Virumaa_algkoolid, lk 55
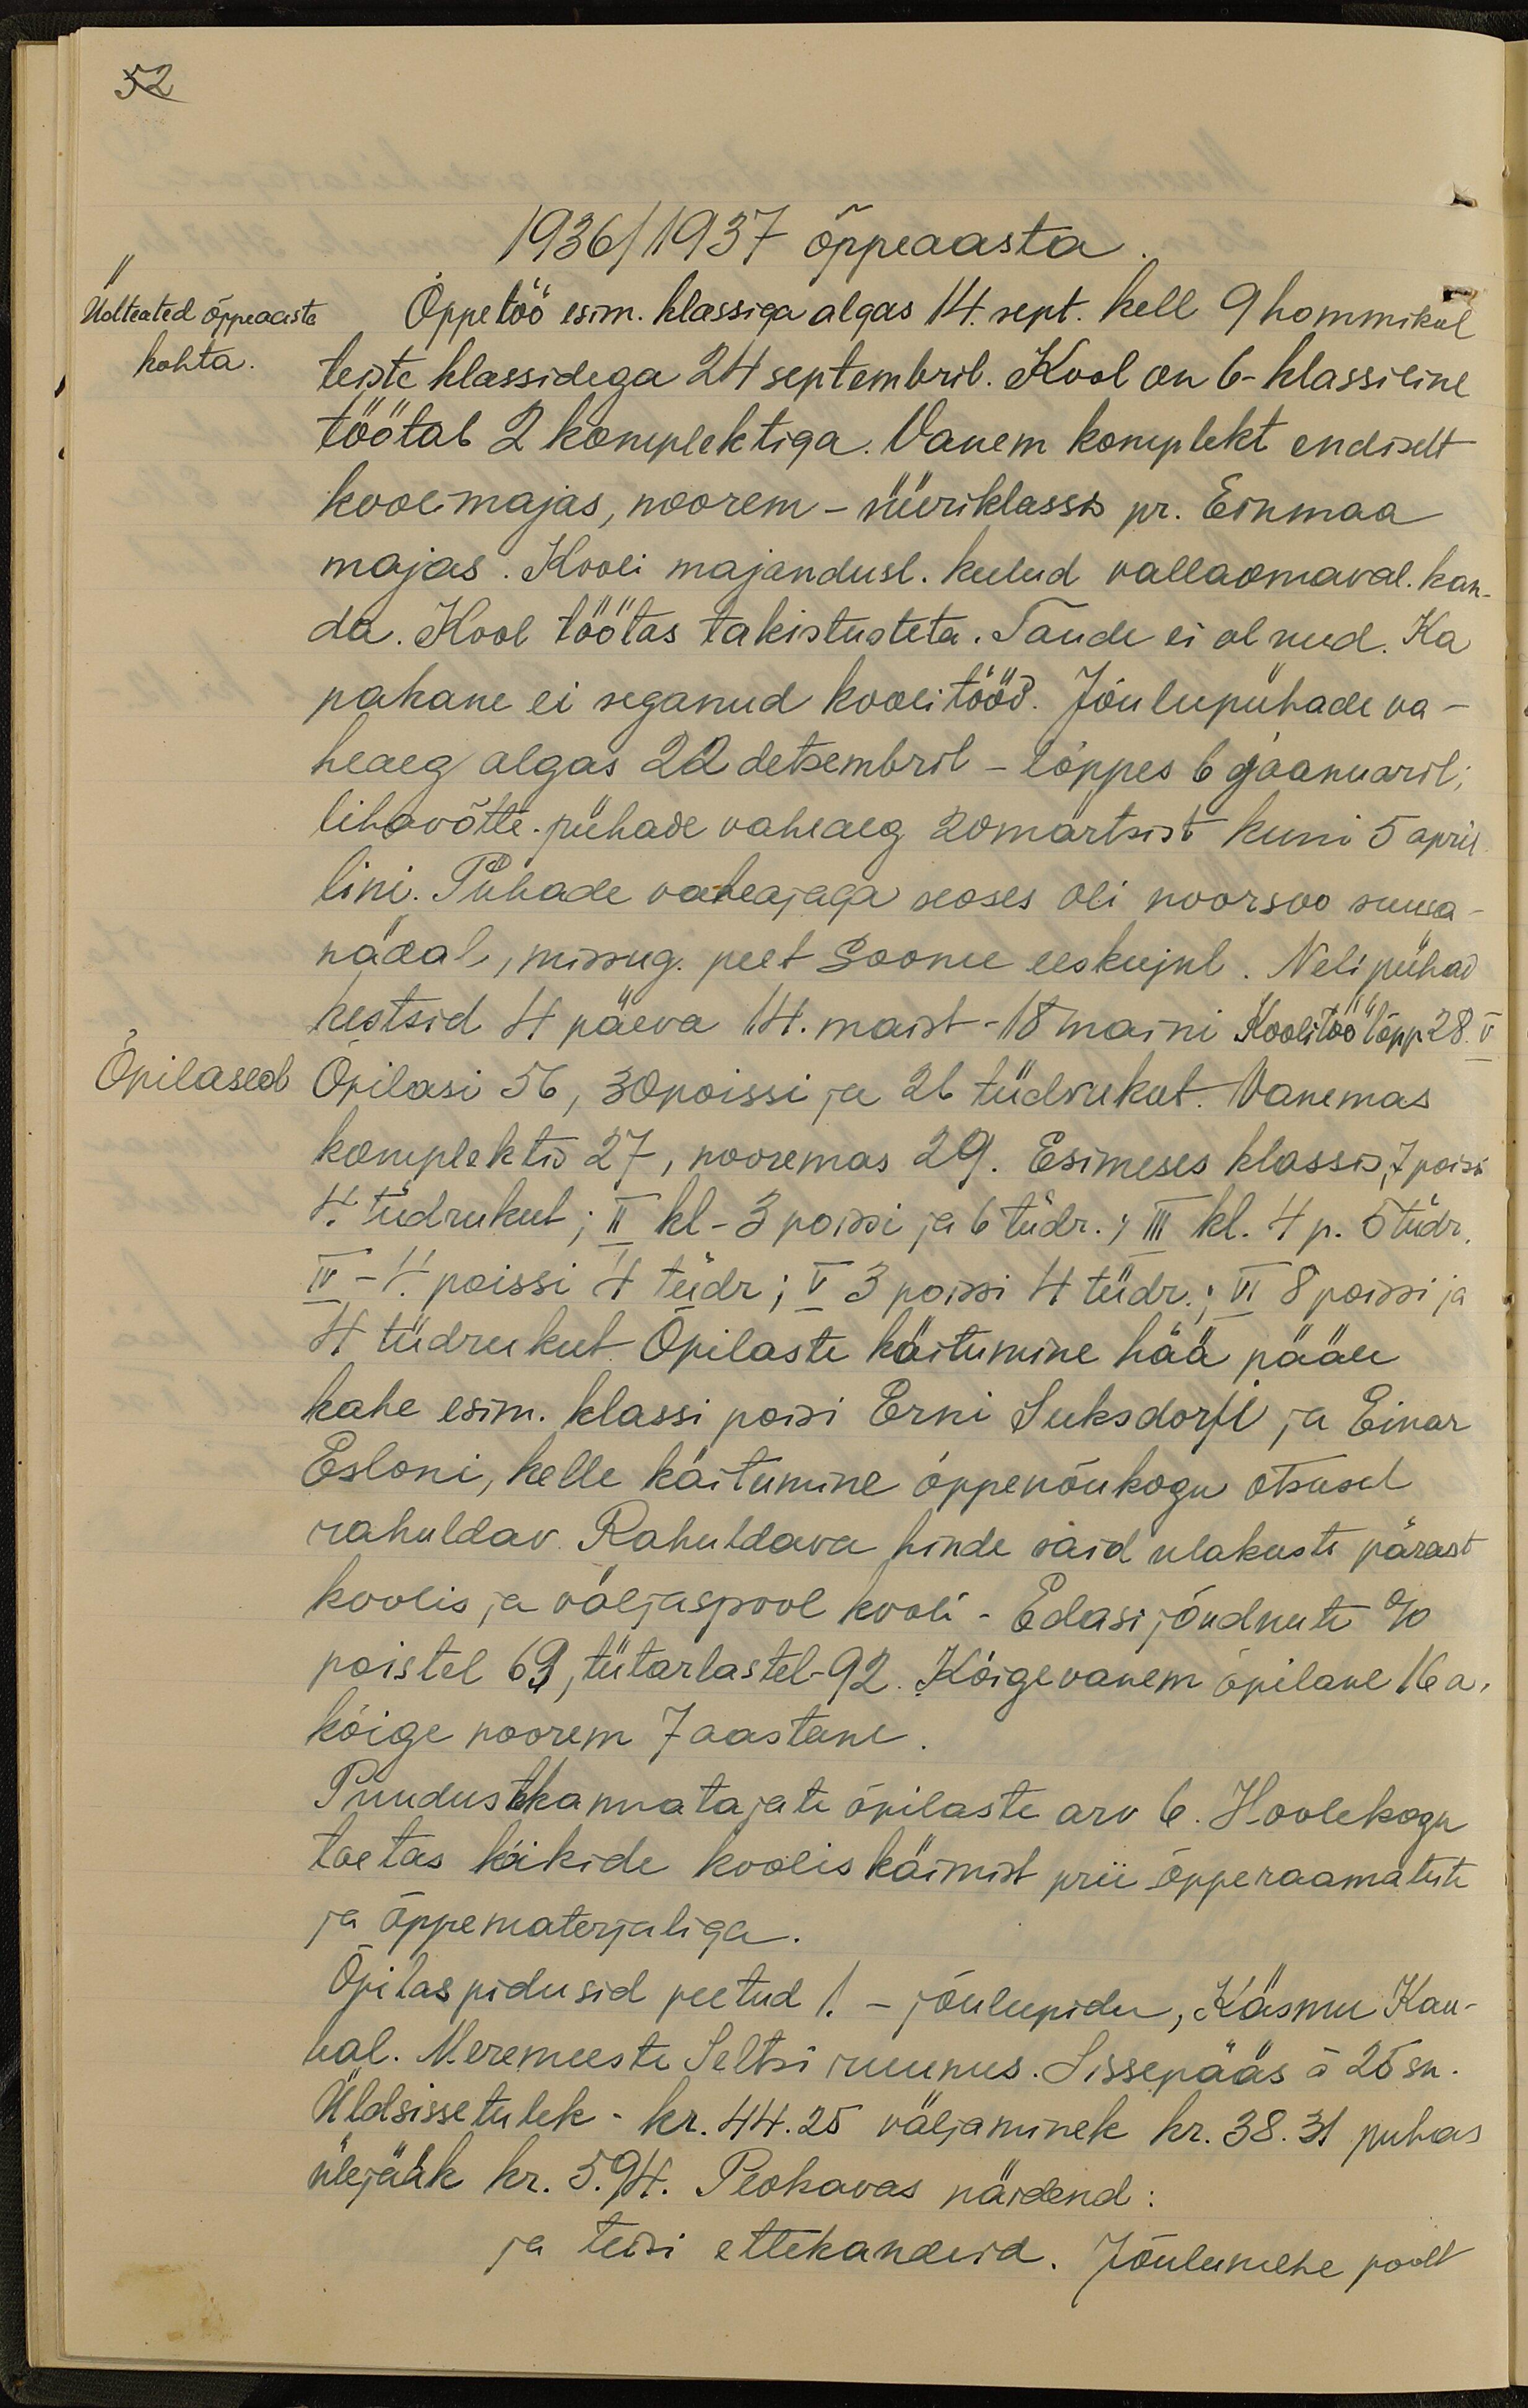
52
1936/1937 õppeaasta
Üdteated õppeaasta
Õppetöö esim. klassiga algas 14. sept. kell 9 hommikul
kohta
teiste klassidega 24 septembril. Kool on 6-klassiline
töötab 2 komplektiga. Vanem komplekt endiselt
koolimajas, noorem - üüriklassis pr. Einmaa
majas. Kooli majandusl. kulud vallaomaval. kan-
da. Kool töötas takistusteta. Taude ei olnud. Ka
pakane ei seganud koolitööd. Jõulupühade va-
heaeg algas 22 detsembril - lõppes 6 jaanuaril
lihavõtte. pühade vaheaeg 20 märtsist kuni 5 april-
lini. Pühade vaheajaga seoses oli noorsoo suusa-
nädal, missug. peet Soome eeskujul. Neli pühad
kestsid 4. päeva 14. maist - 18 maini Koolitöö lõpp 28. V
Õpilased
Õpilasi 56, 30 poissi ja 26 tüdrukut. Vanemas
komplektis 27, nooremas 29. Esimeses klassis, 7 poissi
4 tüdrukut; II kl - 3 poissi ja 6 tüdr. ; III kl. 4 p. 5 tüdr
IV - 4. poissi 4 tüdr; V 3 poissi 4 tüdr. ; VI 8 poissi ja
4 tüdrukut. Õpilaste käitumine hää pääle
kahe esim. klassi poisi Erni Suksdorfi ja Einar
Esloni, kelle käitumine õppenõukogu otsusel
rahuldav. Rahuldava hinde said ulakuste pärast
koolis ja väljaspool kooli. Edasijõudnute %
poistel 69 tütarlastel 92. Kõigivanem õpilane 16 a.
kõige noorem 7 aastane
Puudustkannatajate õpilaste arv 6. Hoolekogu
toetas kõikide koolis käimist prii õpperaamatute
ja õppematerjaliga.
Õpilaspidusid peetud. 1 - jõulupidu, Käsmu Kau-
bal. Meremeeste Seltsi ruumes. Sissepääs à 25 sn.
Üldsissetulek - kr. 44.25 väljaminek kr. 38. 31 puhas
ülejääk kr. 5.94. Peokavas näidend:
ja teisi ettekandeid. Jõulumehe poolt